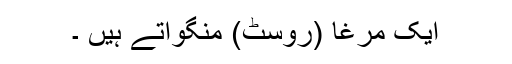
ایک مرغا (روسٹ) منگواتے ہیں ۔